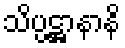
သိပ္ပဋ္ဌာနာနိ